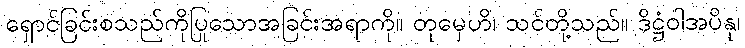
ရှောင်ခြင်းစသည်ကိုပြုသောအခြင်းအရာကို။ တုမှေဟိ၊ သင်တို့သည်။ ဒိဋ္ဌံဝါအပိနု၊